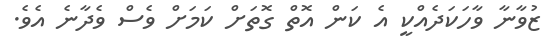
ޒުވާނާ ވާހަކަދެއްކީ އެ ކަން އޮތް ގޮތަށް ކަމަށް ވެސް ވެދާނެ އެވެ.